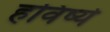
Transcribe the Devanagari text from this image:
हविष्ये